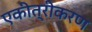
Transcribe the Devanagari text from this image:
एकीत्रीकरण